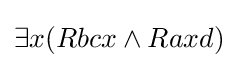
\exists x(Rbcx\land Raxd)